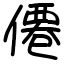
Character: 僊